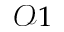
\mathcal { O } 1